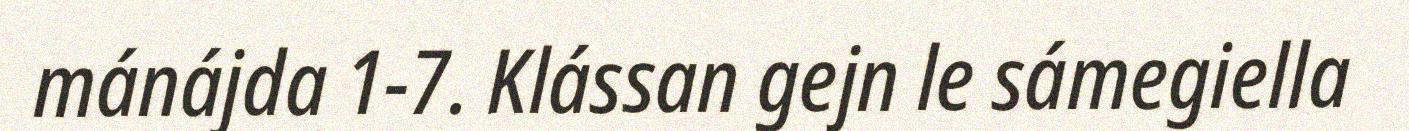
mánájda 1-7. Klássan gejn le sámegiella